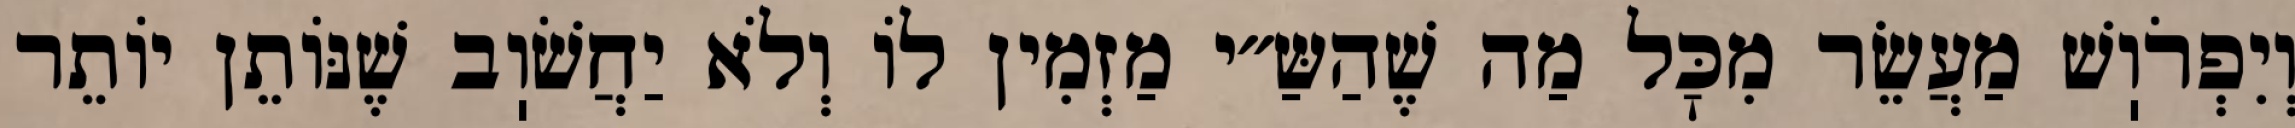
וְיִפְרֹוֽשׁ מַעֲשֵׂר מִכׇּל מַה שֶׁהַשַּ״י מַזְמִין לוֹ וְלֹא יַחֲשֹׁוֽב שֶׁנּוֹתֵן יוֹתֵר